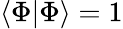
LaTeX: \langle\Phi|\Phi\rangle=1